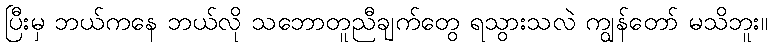
ပြီးမှ ဘယ်ကနေ ဘယ်လို သဘောတူညီချက်တွေ ရသွားသလဲ ကျွန်တော် မသိဘူး။